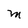
Character: M